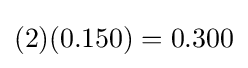
(2)(0.150)=0.300